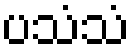
ပသံသံ